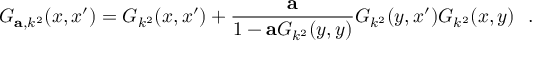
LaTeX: G _ { { \bf a } , k ^ { 2 } } ( x , x ^ { \prime } ) = G _ { k ^ { 2 } } ( x , x ^ { \prime } ) + { \frac { \bf a } { 1 - { \bf a } G _ { k ^ { 2 } } ( y , y ) } } G _ { k ^ { 2 } } ( y , x ^ { \prime } ) G _ { k ^ { 2 } } ( x , y ) ~ ~ .